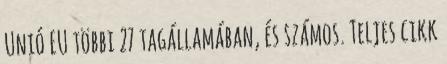
Unió EU többi 27 tagállamában, és számos. Teljes cikk